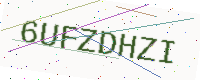
Text: 6UFZDHZI